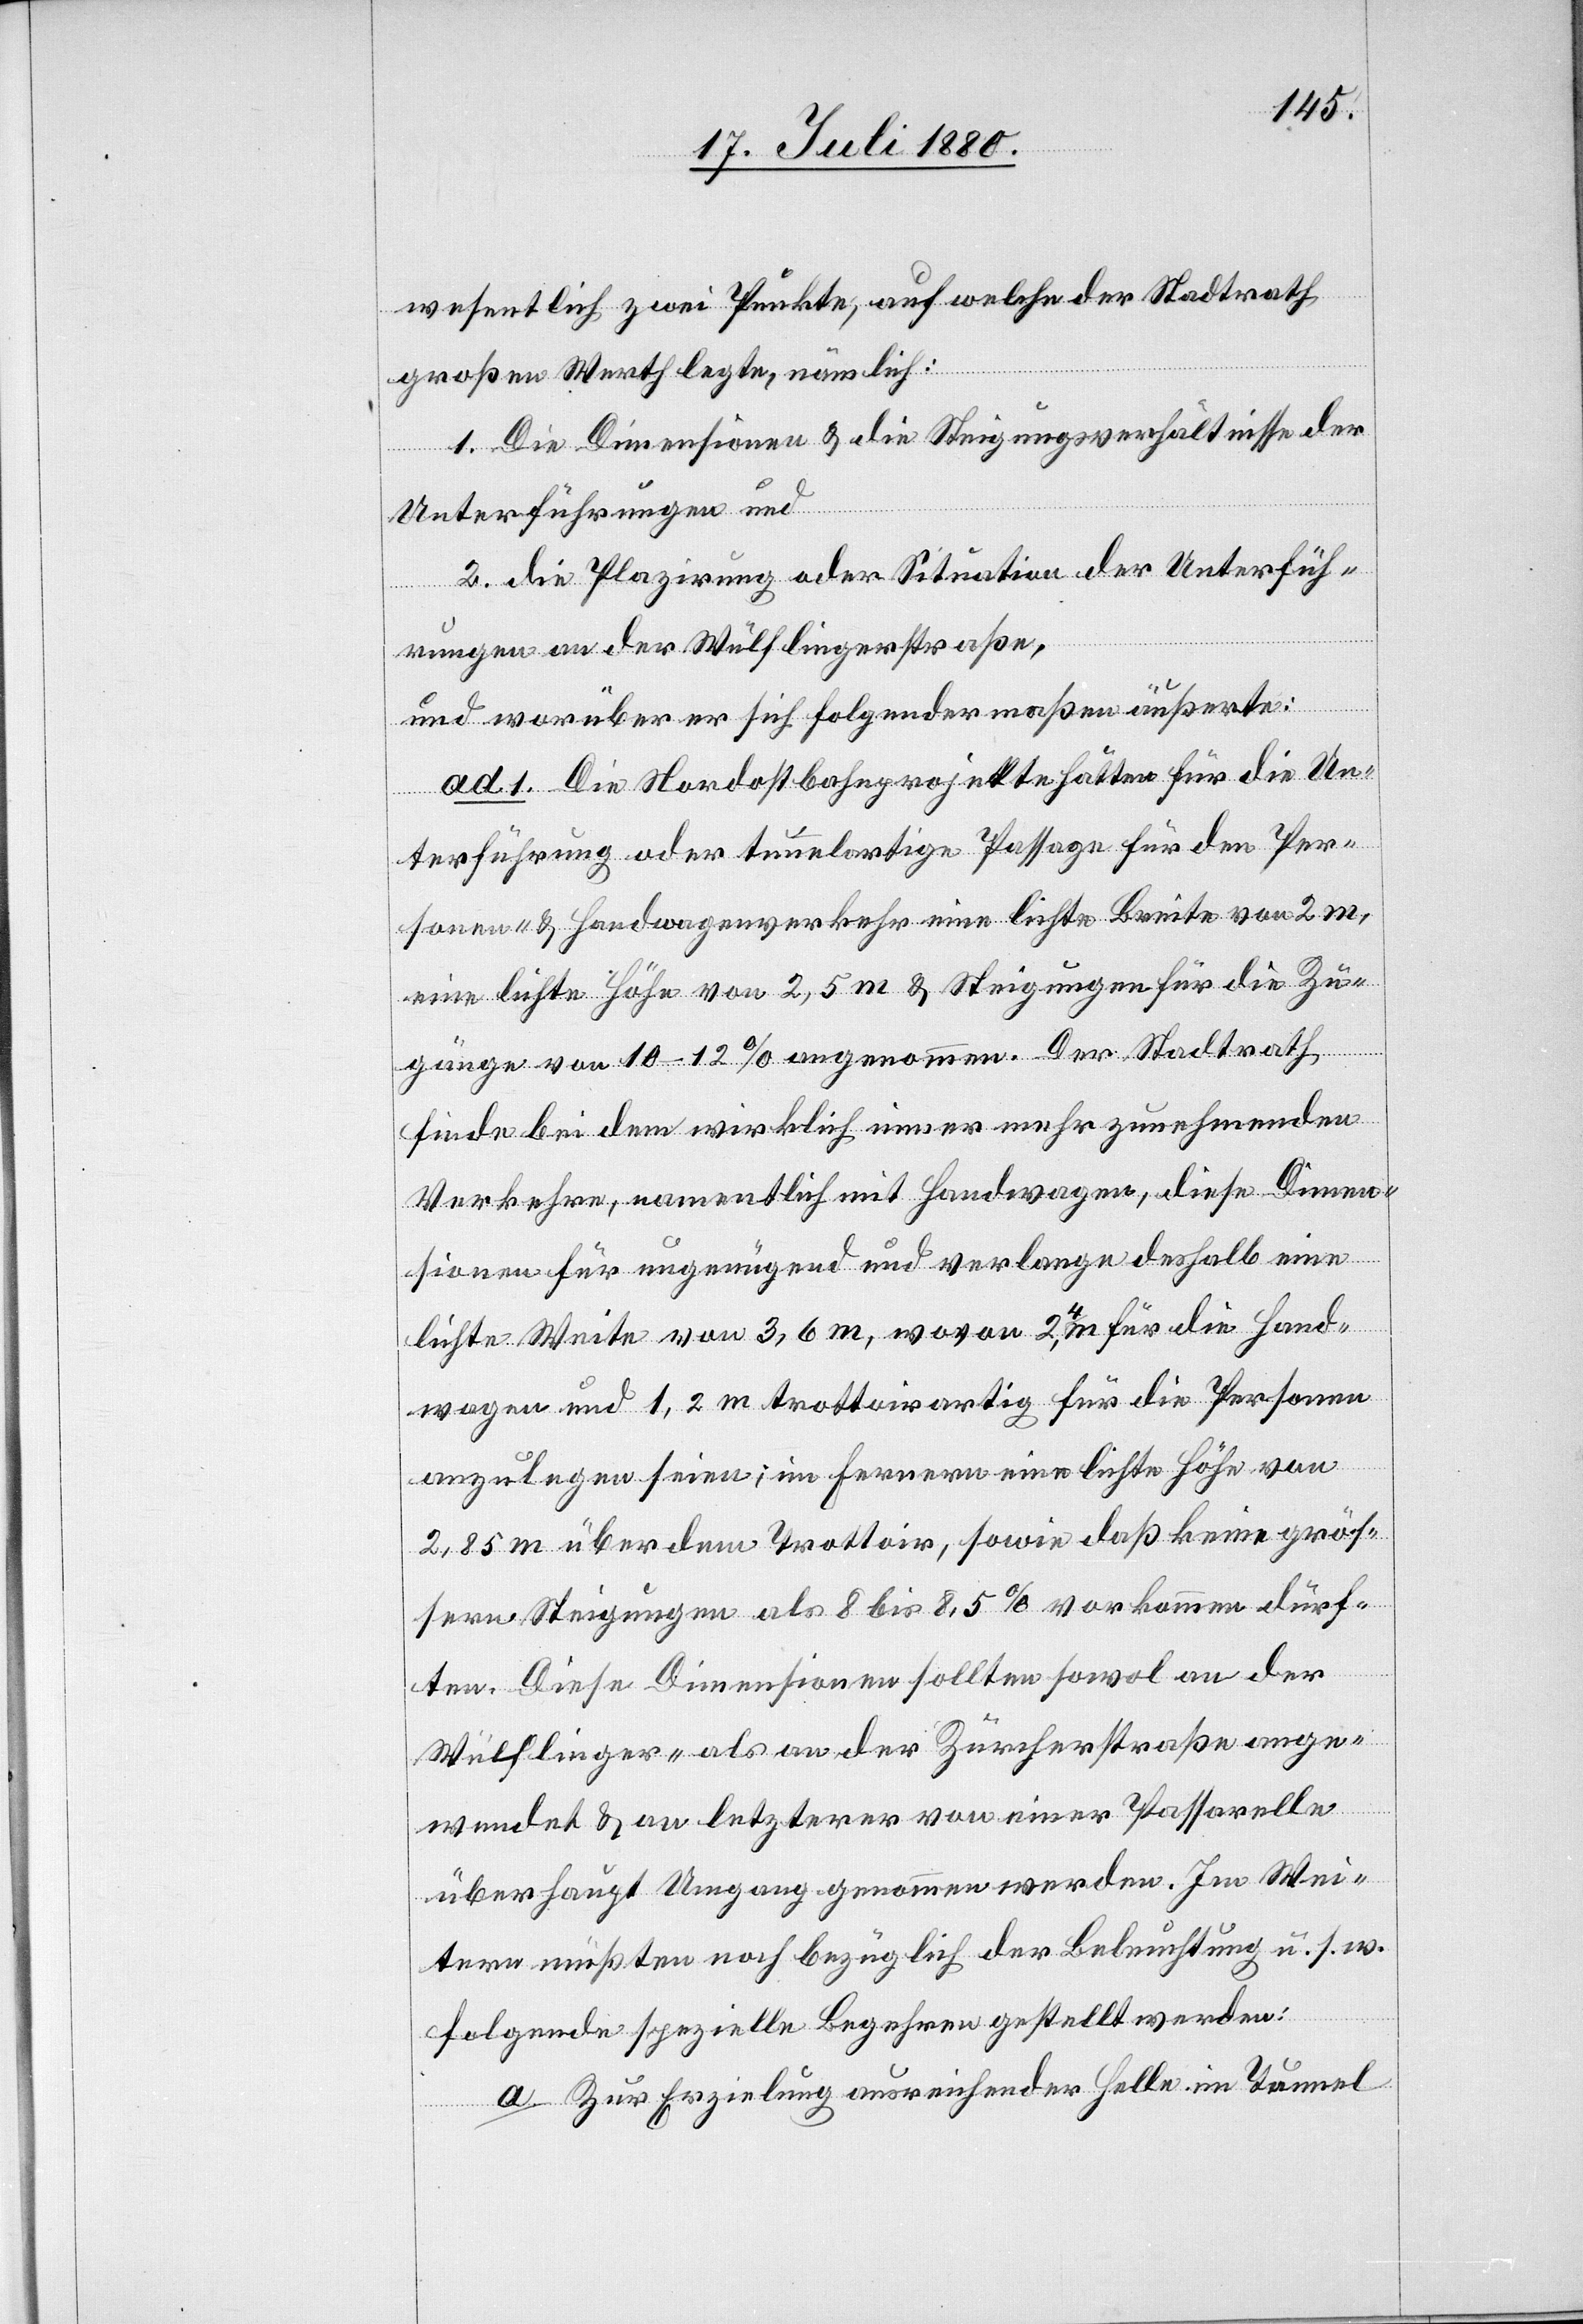
wesentlich zwei Punkte, auf welche der Stadtrath
großen Werth legte, nämlich:
1. Die Dimension & die Steigerungsverhältnisse der
Unterführungen und
2. die Plazirung oder Situation der Unterfüh¬
rungen an der Wülflingerstraße,
und worüber er sich folgendermaßen äußerte:
ad. 1. Die Nordostbahnprojekte hätten für die Un¬
terführung oder tunelartige [sic!] Passage für den Per¬
sonen- & Handwagenverkehr eine lichte Breite von 2 m,
eine lichte Höhe von 2,5 m & Steigungen für die Zu¬
gänge von 10–12 % angenommen. Der Stadtrath
finde bei dem wirklich immer mehr zunehmenden
Verkehre, namentlich mit Handwagen, diese Dimen¬
sionen für ungenügend und verlange deshalb eine
lichte Weite von 3,6 m, wovon 2,4 m für die Hand¬
wagen und 1,2 m trottoirartig für die Personen
anzulegen seien, im Fernern eine lichte Höhe von
2,85 m über dem Trottoir, sowie daß keine grös¬
sern Steigungen als 8 bis 8,5% vorkommen dürf¬
ten. Diese Dimensionen sollten sowol an der
Wülflinger- als an der Zürcherstraße ange¬
wendet & an letzterer von einer Passarelle
überhaupt Umgang genommen werden.
a. Zur Erzielung ausreichender Helle im Tunnel